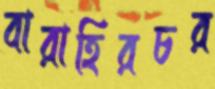
বারাহিরচর